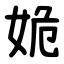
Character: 姽